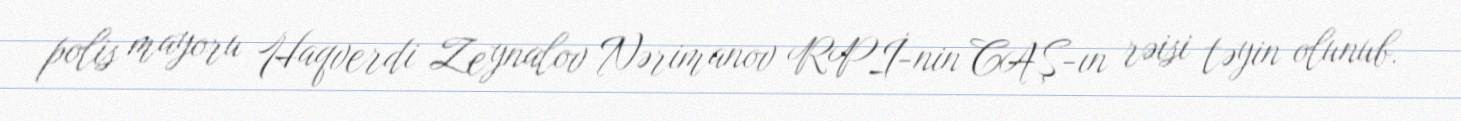
polis mayoru Haqverdi Zeynalov Nərimanov RPİ-nin CAŞ-ın rəisi təyin olunub.